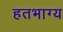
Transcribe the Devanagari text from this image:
हतभाग्य